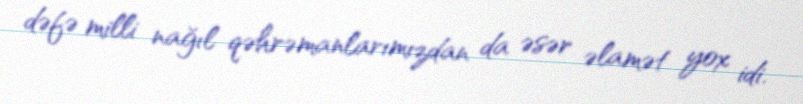
dəfə milli nağıl qəhrəmanlarımızdan da əsər əlamət yox idi.